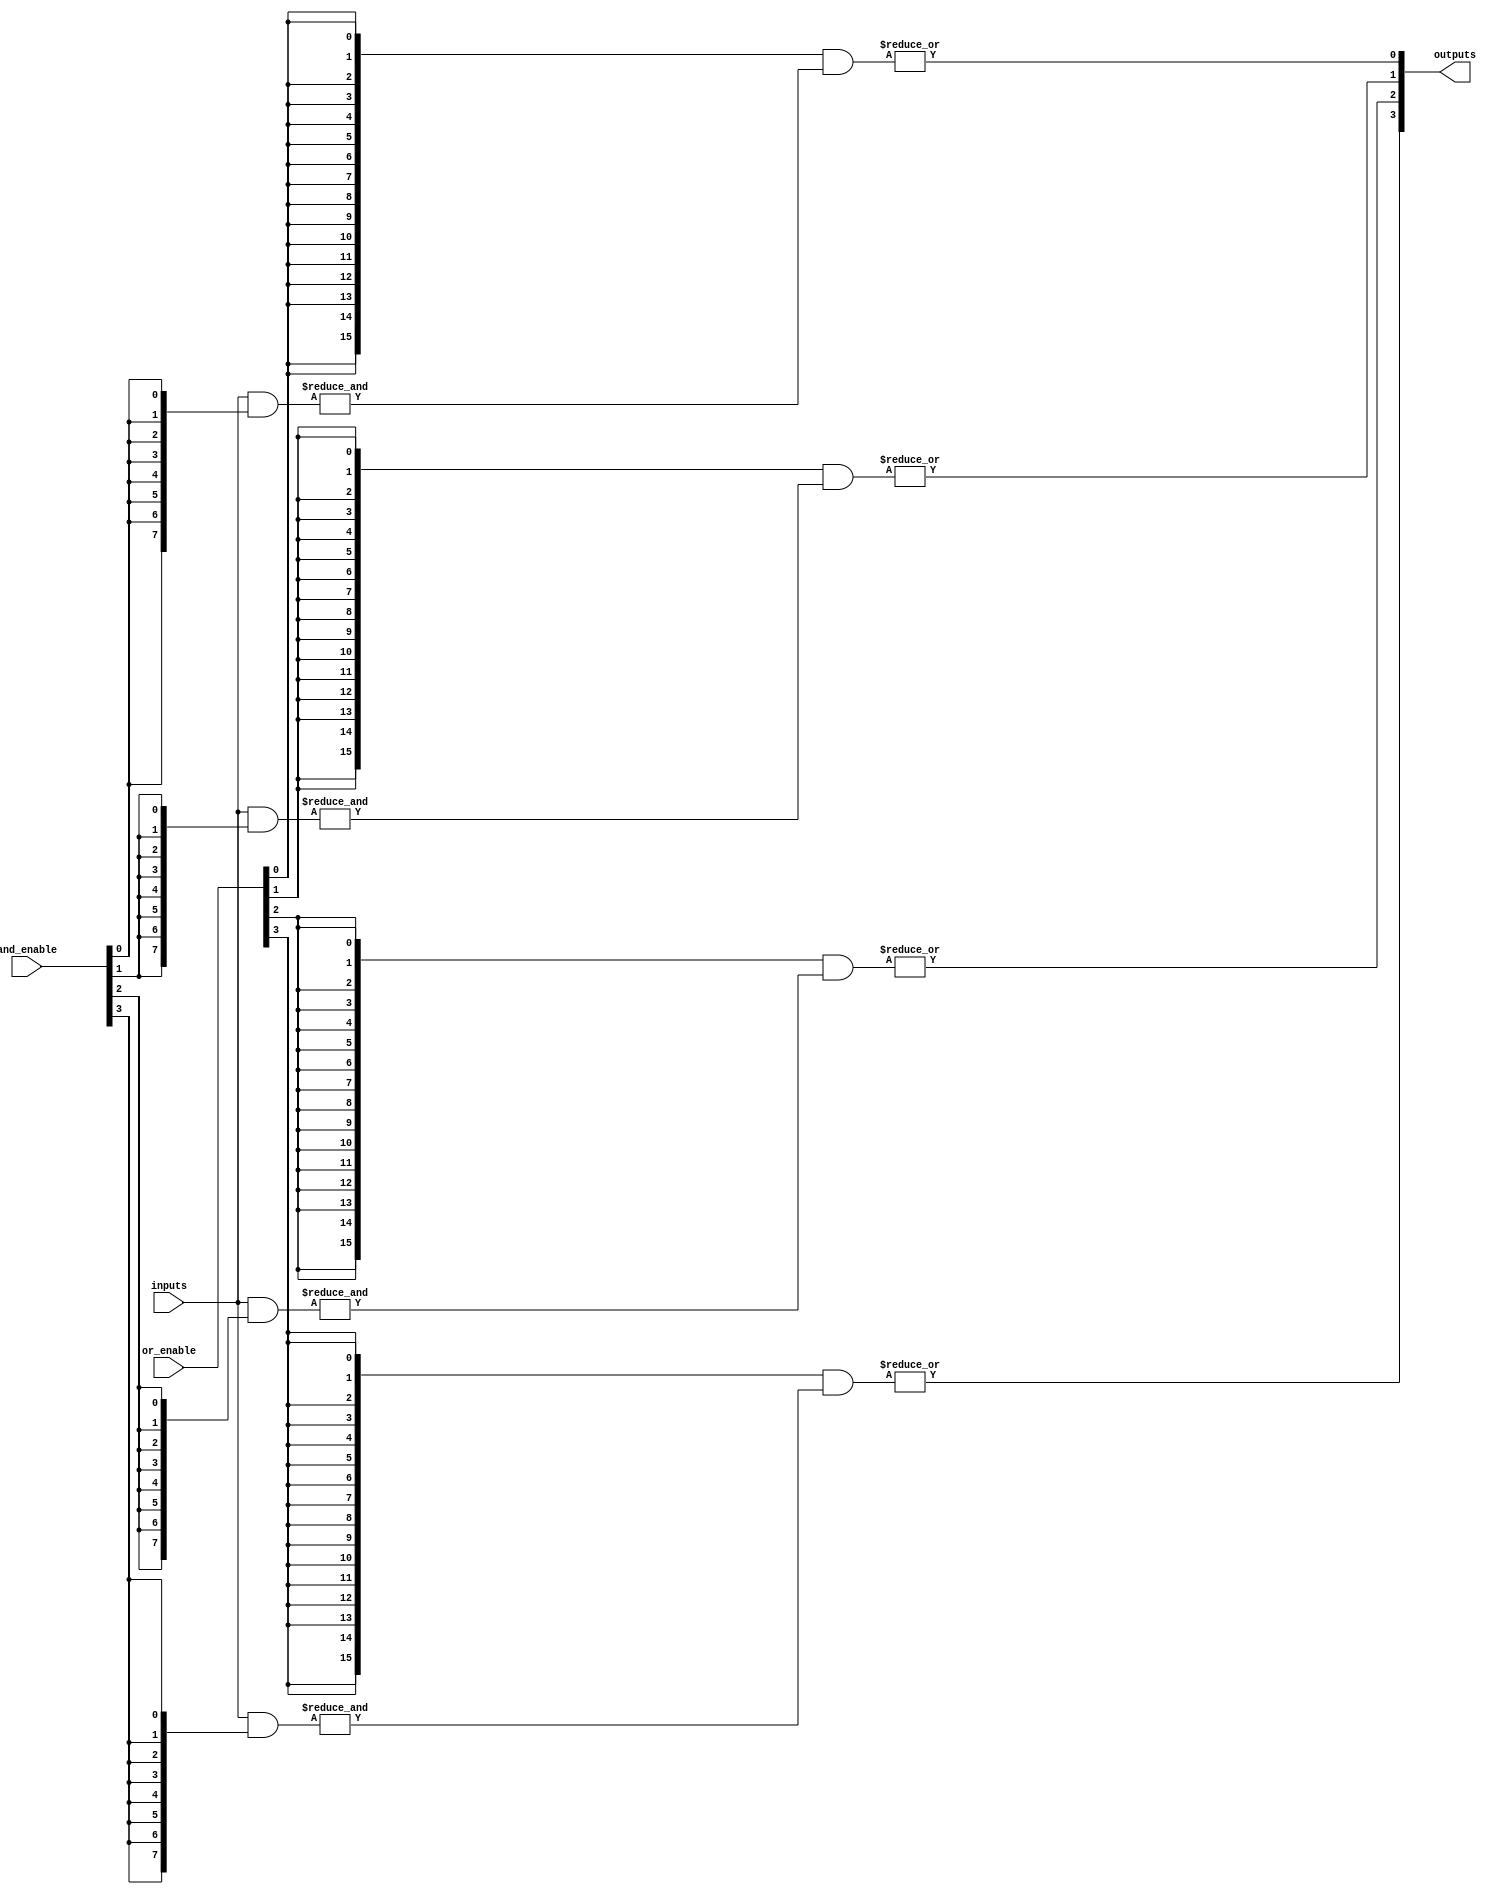
module SPAL #(
    parameter NUM_INPUTS = 8, // Number of input lines
    parameter NUM_AND_GATES = 16, // Number of AND gates
    parameter NUM_OR_GATES = 4 // Number of OR gates
)(
    input wire [NUM_INPUTS-1:0] inputs, // Input lines
    input wire [NUM_AND_GATES-1:0] and_enable, // Enable signals for AND gates
    input wire [NUM_OR_GATES-1:0] or_enable, // Enable signals for OR gates
    output wire [NUM_OR_GATES-1:0] outputs // Output lines
);

// Internal signals
wire [NUM_AND_GATES-1:0] and_outputs [NUM_INPUTS-1:0]; // Outputs from AND gates

// Programmable AND Array
genvar i, j;
generate
    for (i = 0; i < NUM_AND_GATES; i = i + 1) begin : and_gate
        wire [NUM_INPUTS-1:0] and_inputs;
        assign and_inputs = inputs & {NUM_INPUTS{and_enable[i]}}; // Apply enable to inputs
        assign and_outputs[i] = &and_inputs; // AND operation
    end
endgenerate

// Programmable OR Array
genvar k;
generate
    for (k = 0; k < NUM_OR_GATES; k = k + 1) begin : or_gate
        wire [NUM_AND_GATES-1:0] or_inputs;
        assign or_inputs = {NUM_AND_GATES{or_enable[k]}} & and_outputs[k]; // Apply enable to AND outputs
        assign outputs[k] = |or_inputs; // OR operation
    end
endgenerate

endmodule